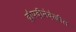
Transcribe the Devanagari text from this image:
द्रौपदीनेदेखील